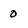
Character: 0